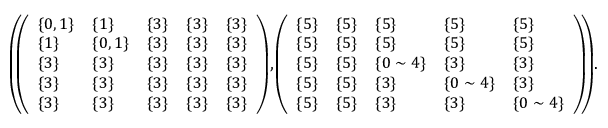
\begin{array} { r } { \small { \left( \! \! \left( \begin{array} { l l l l l } { \{ 0 , 1 \} } & { \{ 1 \} } & { \{ 3 \} } & { \{ 3 \} } & { \{ 3 \} } \\ { \{ 1 \} } & { \{ 0 , 1 \} } & { \{ 3 \} } & { \{ 3 \} } & { \{ 3 \} } \\ { \{ 3 \} } & { \{ 3 \} } & { \{ 3 \} } & { \{ 3 \} } & { \{ 3 \} } \\ { \{ 3 \} } & { \{ 3 \} } & { \{ 3 \} } & { \{ 3 \} } & { \{ 3 \} } \\ { \{ 3 \} } & { \{ 3 \} } & { \{ 3 \} } & { \{ 3 \} } & { \{ 3 \} } \end{array} \right) \! , \! \left( \begin{array} { l l l l l } { \{ 5 \} } & { \{ 5 \} } & { \{ 5 \} } & { \{ 5 \} } & { \{ 5 \} } \\ { \{ 5 \} } & { \{ 5 \} } & { \{ 5 \} } & { \{ 5 \} } & { \{ 5 \} } \\ { \{ 5 \} } & { \{ 5 \} } & { \{ 0 \sim 4 \} } & { \{ 3 \} } & { \{ 3 \} } \\ { \{ 5 \} } & { \{ 5 \} } & { \{ 3 \} } & { \{ 0 \sim 4 \} } & { \{ 3 \} } \\ { \{ 5 \} } & { \{ 5 \} } & { \{ 3 \} } & { \{ 3 \} } & { \{ 0 \sim 4 \} } \end{array} \right) \! \! \right) \! . } } \end{array}